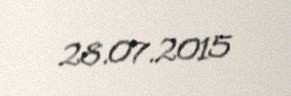
28.07.2015